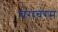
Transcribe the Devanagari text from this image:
चराचरम